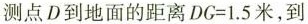
测点D到地面的距离$$DG=1.5米$$，到